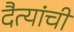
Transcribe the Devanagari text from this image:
दैत्यांची